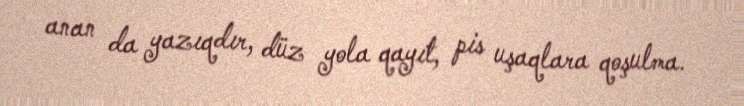
anan da yazıqdır, düz yola qayıt, pis uşaqlara qoşulma.